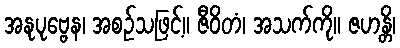
အနုပုဗ္ဗေန၊ အစဉ်သဖြင့်။ ဇီဝိတံ၊ အသက်ကို။ ဇဟန္တိ၊